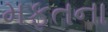
મફતના